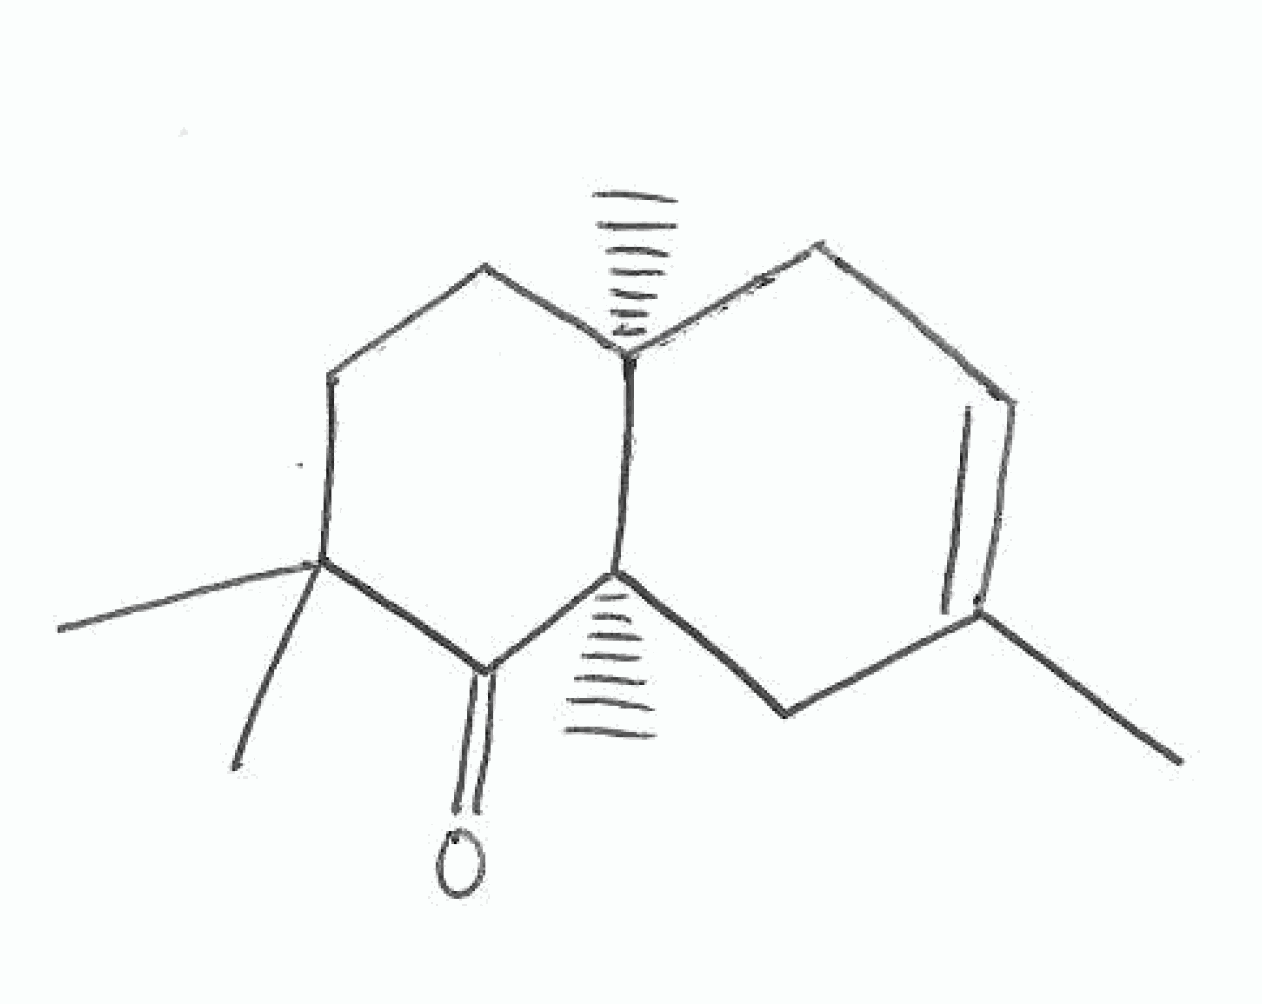
Simplified molecular-input line-entry system (SMILES) notation of the given molecule:
CC1=CC[C@@H]2CCC(C(=O)[C@@]2(C1)C)(C)C